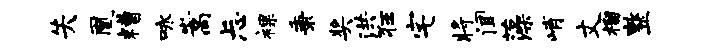
失凰糟咏嵩忐裸秉奖洪狂宅将闻藻峭丈榴整